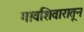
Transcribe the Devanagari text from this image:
गावशिवारातून